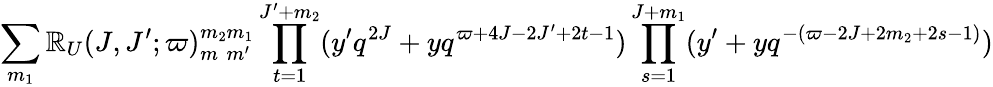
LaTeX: \sum_{m_{1}}\mathbb{R}_{U}(J,J^{\prime};\varpi)_{m_{\phantom{2}}m^{\prime}}^{m_{2}m_{1}}\prod_{t=1}^{J^{\prime}+m_{2}}(y^{\prime}q^{2J}+yq^{\varpi+4J-2J^{\prime}+2t-1})\prod_{s=1}^{J+m_{1}}(y^{\prime}+yq^{-(\varpi-2J+2m_{2}+2s-1)})